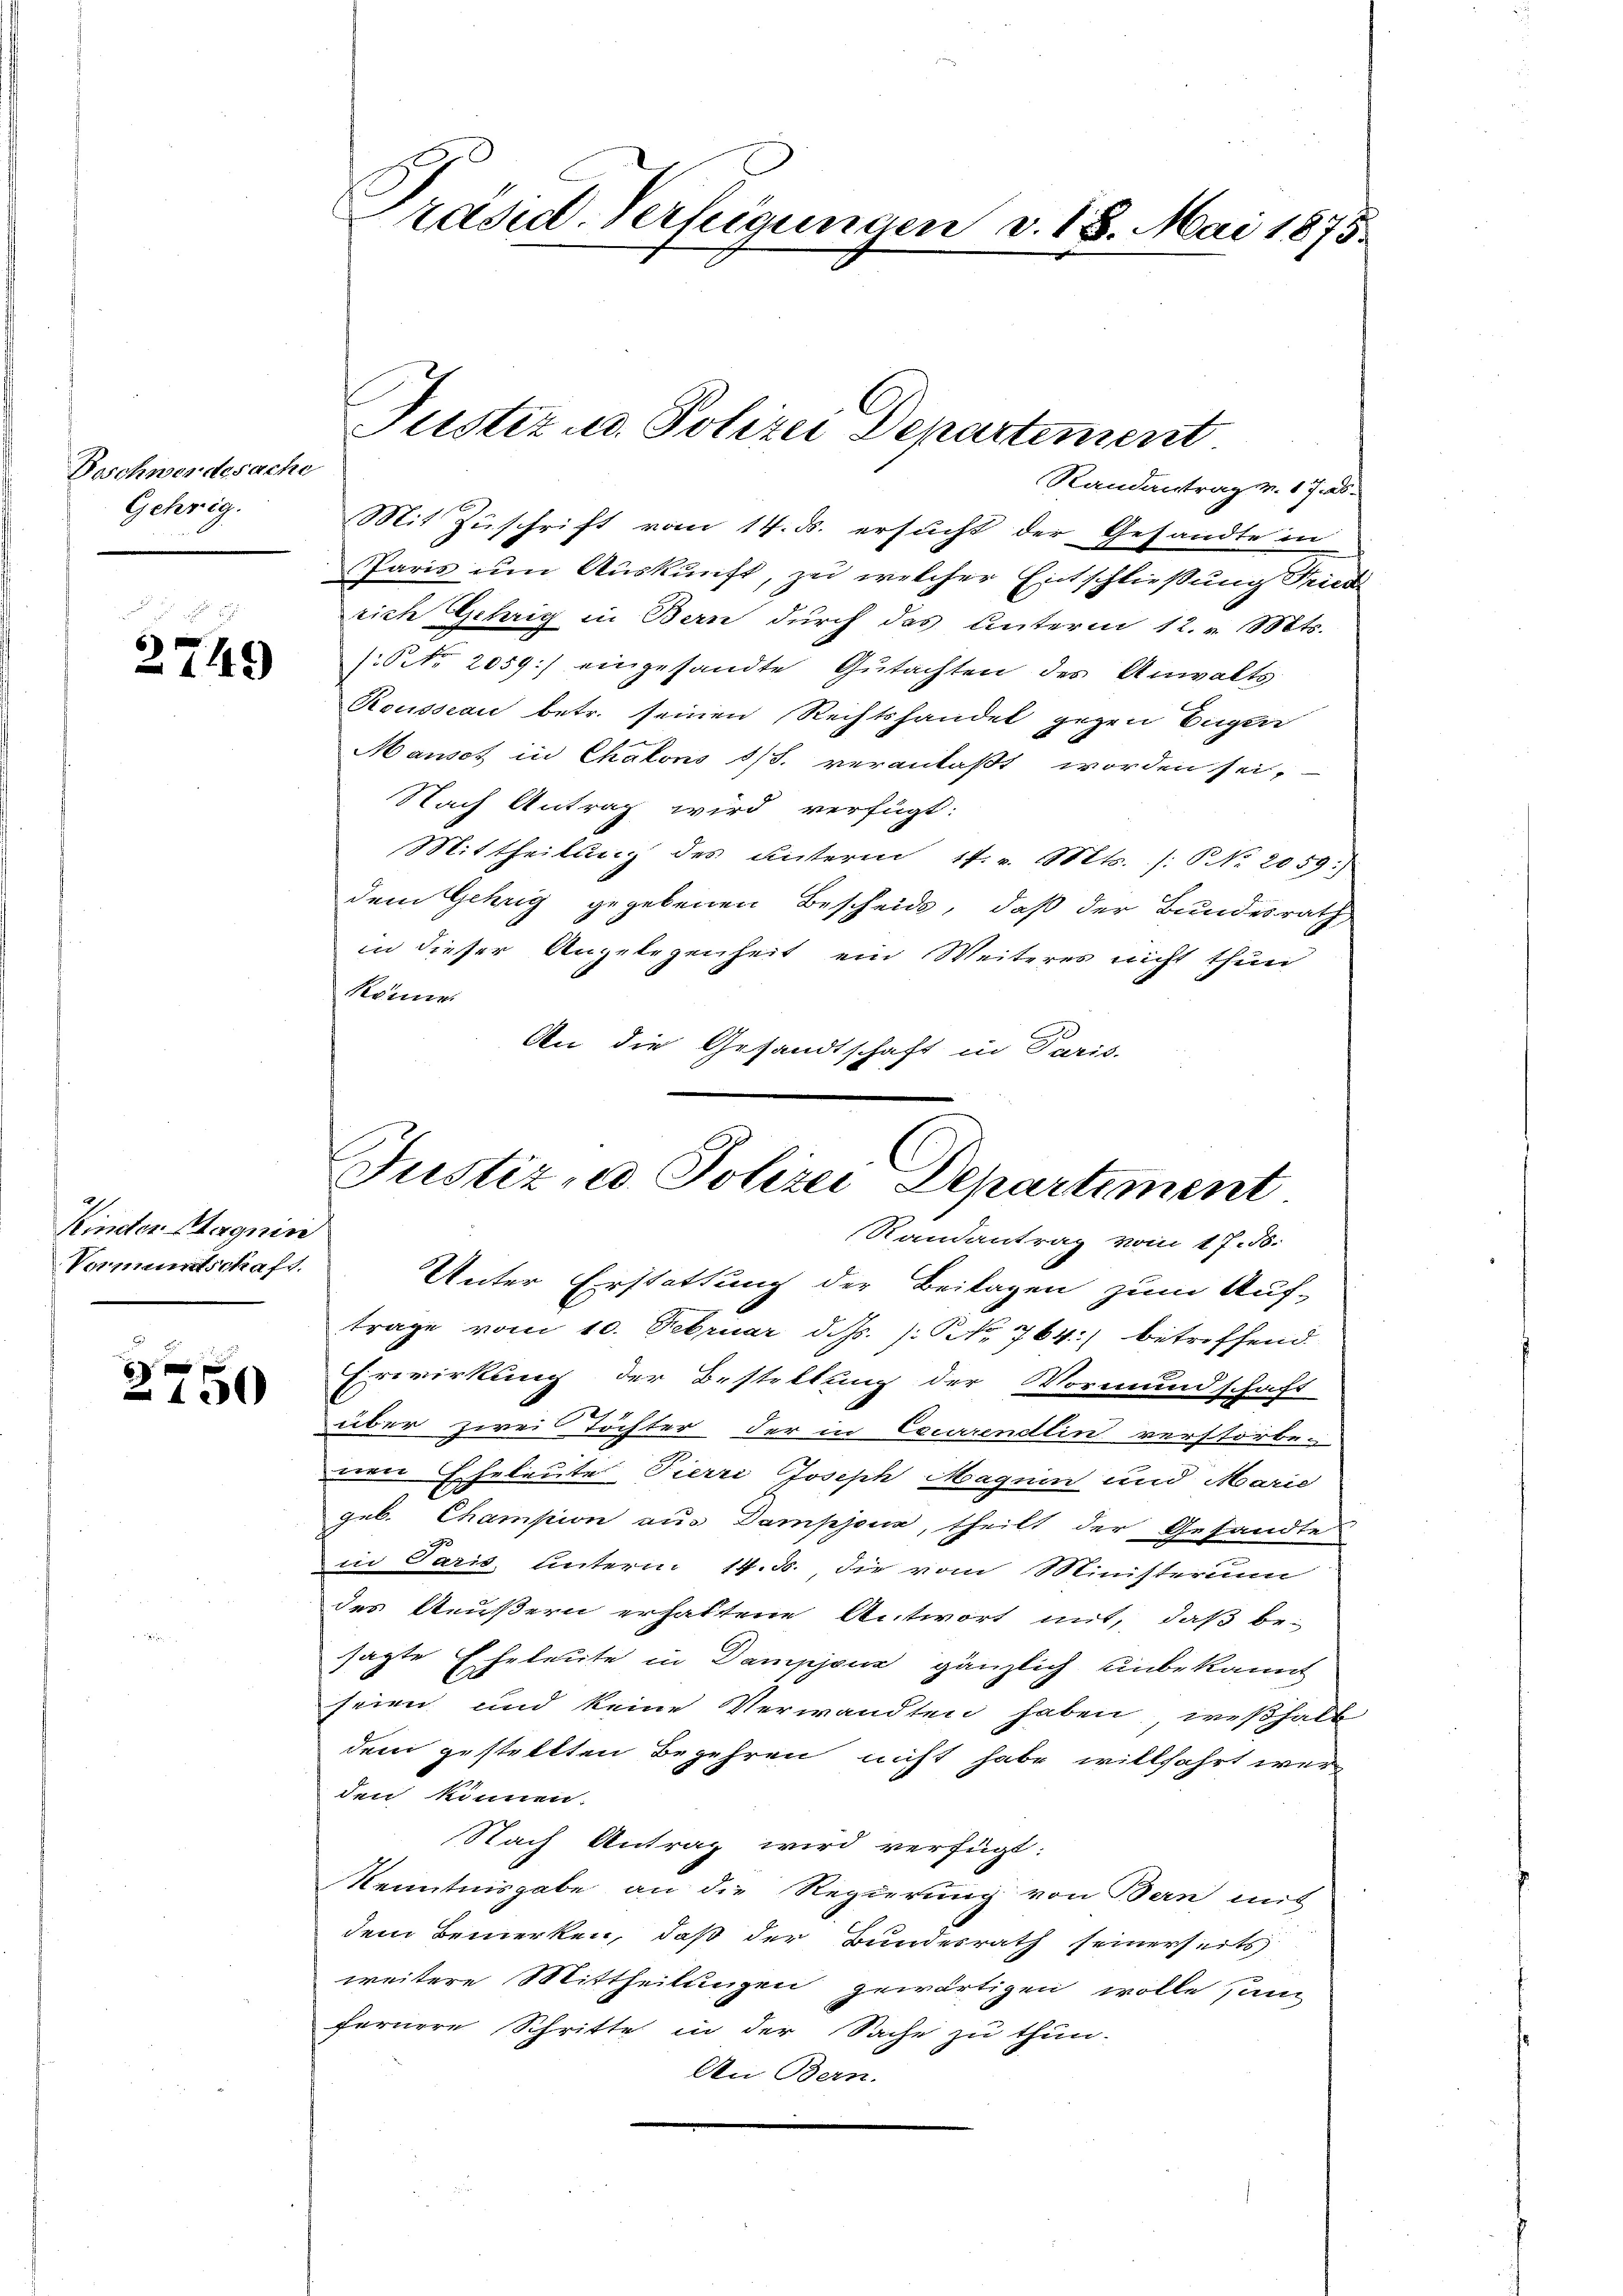
Beschwerdesache
Gehrig.

2749

Kinder Magnin
Vermundschaft.

2150

Randantrag v. 176.
Mit Zuschrift vom 14. ds. ersucht der Gesandte in
Paris um Auskunft, zu welcher Entschließung Seid
rich Gehrig in Bern durch das Unterm 12. v. Mts.
NNo. 2059) eingesandte Gutachten des Anwalts
Rousseau betr. seinen Rechtshandel gegen Eugen
Mansot in Chalons 1/5. veranlaßt worden sei,
Nach Antrag wird verfügt:
Mittheilung des unterm 17. v. Mts. /: No 2059.)
dem Gehrig gegebenen Bescheide, daß der Bundesrath
in dieser Angelegenheit ein Weiteres nicht thun
Könne
An die Gesandtschaft in Paris.

Präsid. Verfügungen v. 18. Mai 1875.

Justiz- u. Polizei Departement.

Justiz, u. Polizei Departiment
Randantrag vom 17. B.

Unter Erstattung der Beilagen zum Auf-
trage vom 10. Februar d. Js. /: No 764.) betreffend
Erwirkung der Bestellung der Vormundschaft
über zwei Töchter der in Currendlin verstorbe-
nen Eheleute Pierri Joseph Maguin und Marie
geb. Champion aus Dampjona, theilt der Gesandte
in Paris, Untern. 14. 3., die vom Ministerun
des Aeußern erhaltene Antwort mit, daß besagte Eheleute in Dampjour gänzlich unbekannt
seien und keine Verwandten haben, weßhalb
dem gestellten Begehren nicht habe willfahrt werden können.
Nach Antrag wird verfügt:
Kenntnisgabe an die Regierung von Bern mit
dem Bemerken, daß der Bundesrath seinerseits
weitere Mittheilungen gewärtigen wolle san
fernere Schritte in der Sache zu thun.
An Bern.